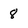
Character: 8